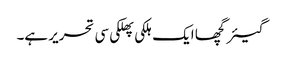
گیئرگچھا ایک ہلکی پھلکی سی تحریر ہے۔